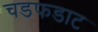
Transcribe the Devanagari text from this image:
चडफडाट